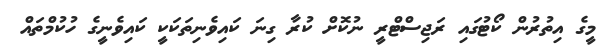
މީގެ އިތުރުން ކޯޓުގައި ރަޖިސްޓްރީ ނުކޮށް ކުރާ ގިނަ ކައިވެނިތަކަކީ ކައިވެނީގެ ހުކުމްތައް